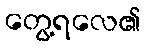
တွေ့ရလေ၏